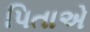
પિતાએ